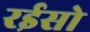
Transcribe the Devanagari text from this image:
रईसो